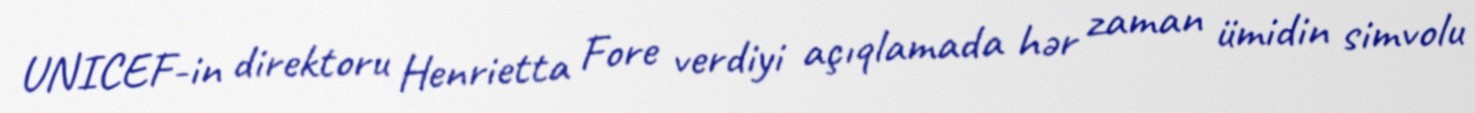
UNICEF-in direktoru Henrietta Fore verdiyi açıqlamada hər zaman ümidin simvolu